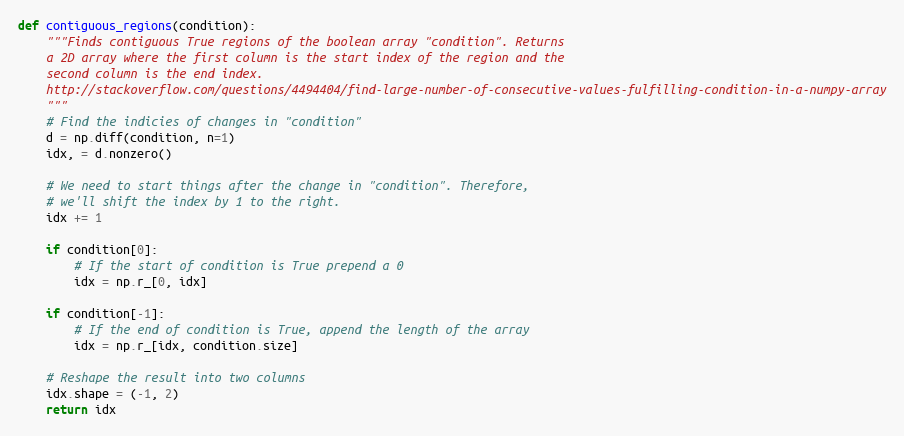
Language: Python
def contiguous_regions(condition):
    """Finds contiguous True regions of the boolean array "condition". Returns
    a 2D array where the first column is the start index of the region and the
    second column is the end index.
    http://stackoverflow.com/questions/4494404/find-large-number-of-consecutive-values-fulfilling-condition-in-a-numpy-array
    """
    # Find the indicies of changes in "condition"
    d = np.diff(condition, n=1)
    idx, = d.nonzero()

    # We need to start things after the change in "condition". Therefore,
    # we'll shift the index by 1 to the right.
    idx += 1

    if condition[0]:
        # If the start of condition is True prepend a 0
        idx = np.r_[0, idx]

    if condition[-1]:
        # If the end of condition is True, append the length of the array
        idx = np.r_[idx, condition.size]

    # Reshape the result into two columns
    idx.shape = (-1, 2)
    return idx